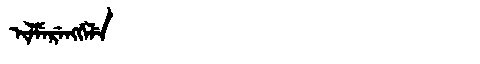
Manchu: ᡳᠯᠮᡝᡵᡝᠩᡤᡝᠯᡝ
Romanization: ILMERENGGELE